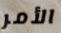
الأمر